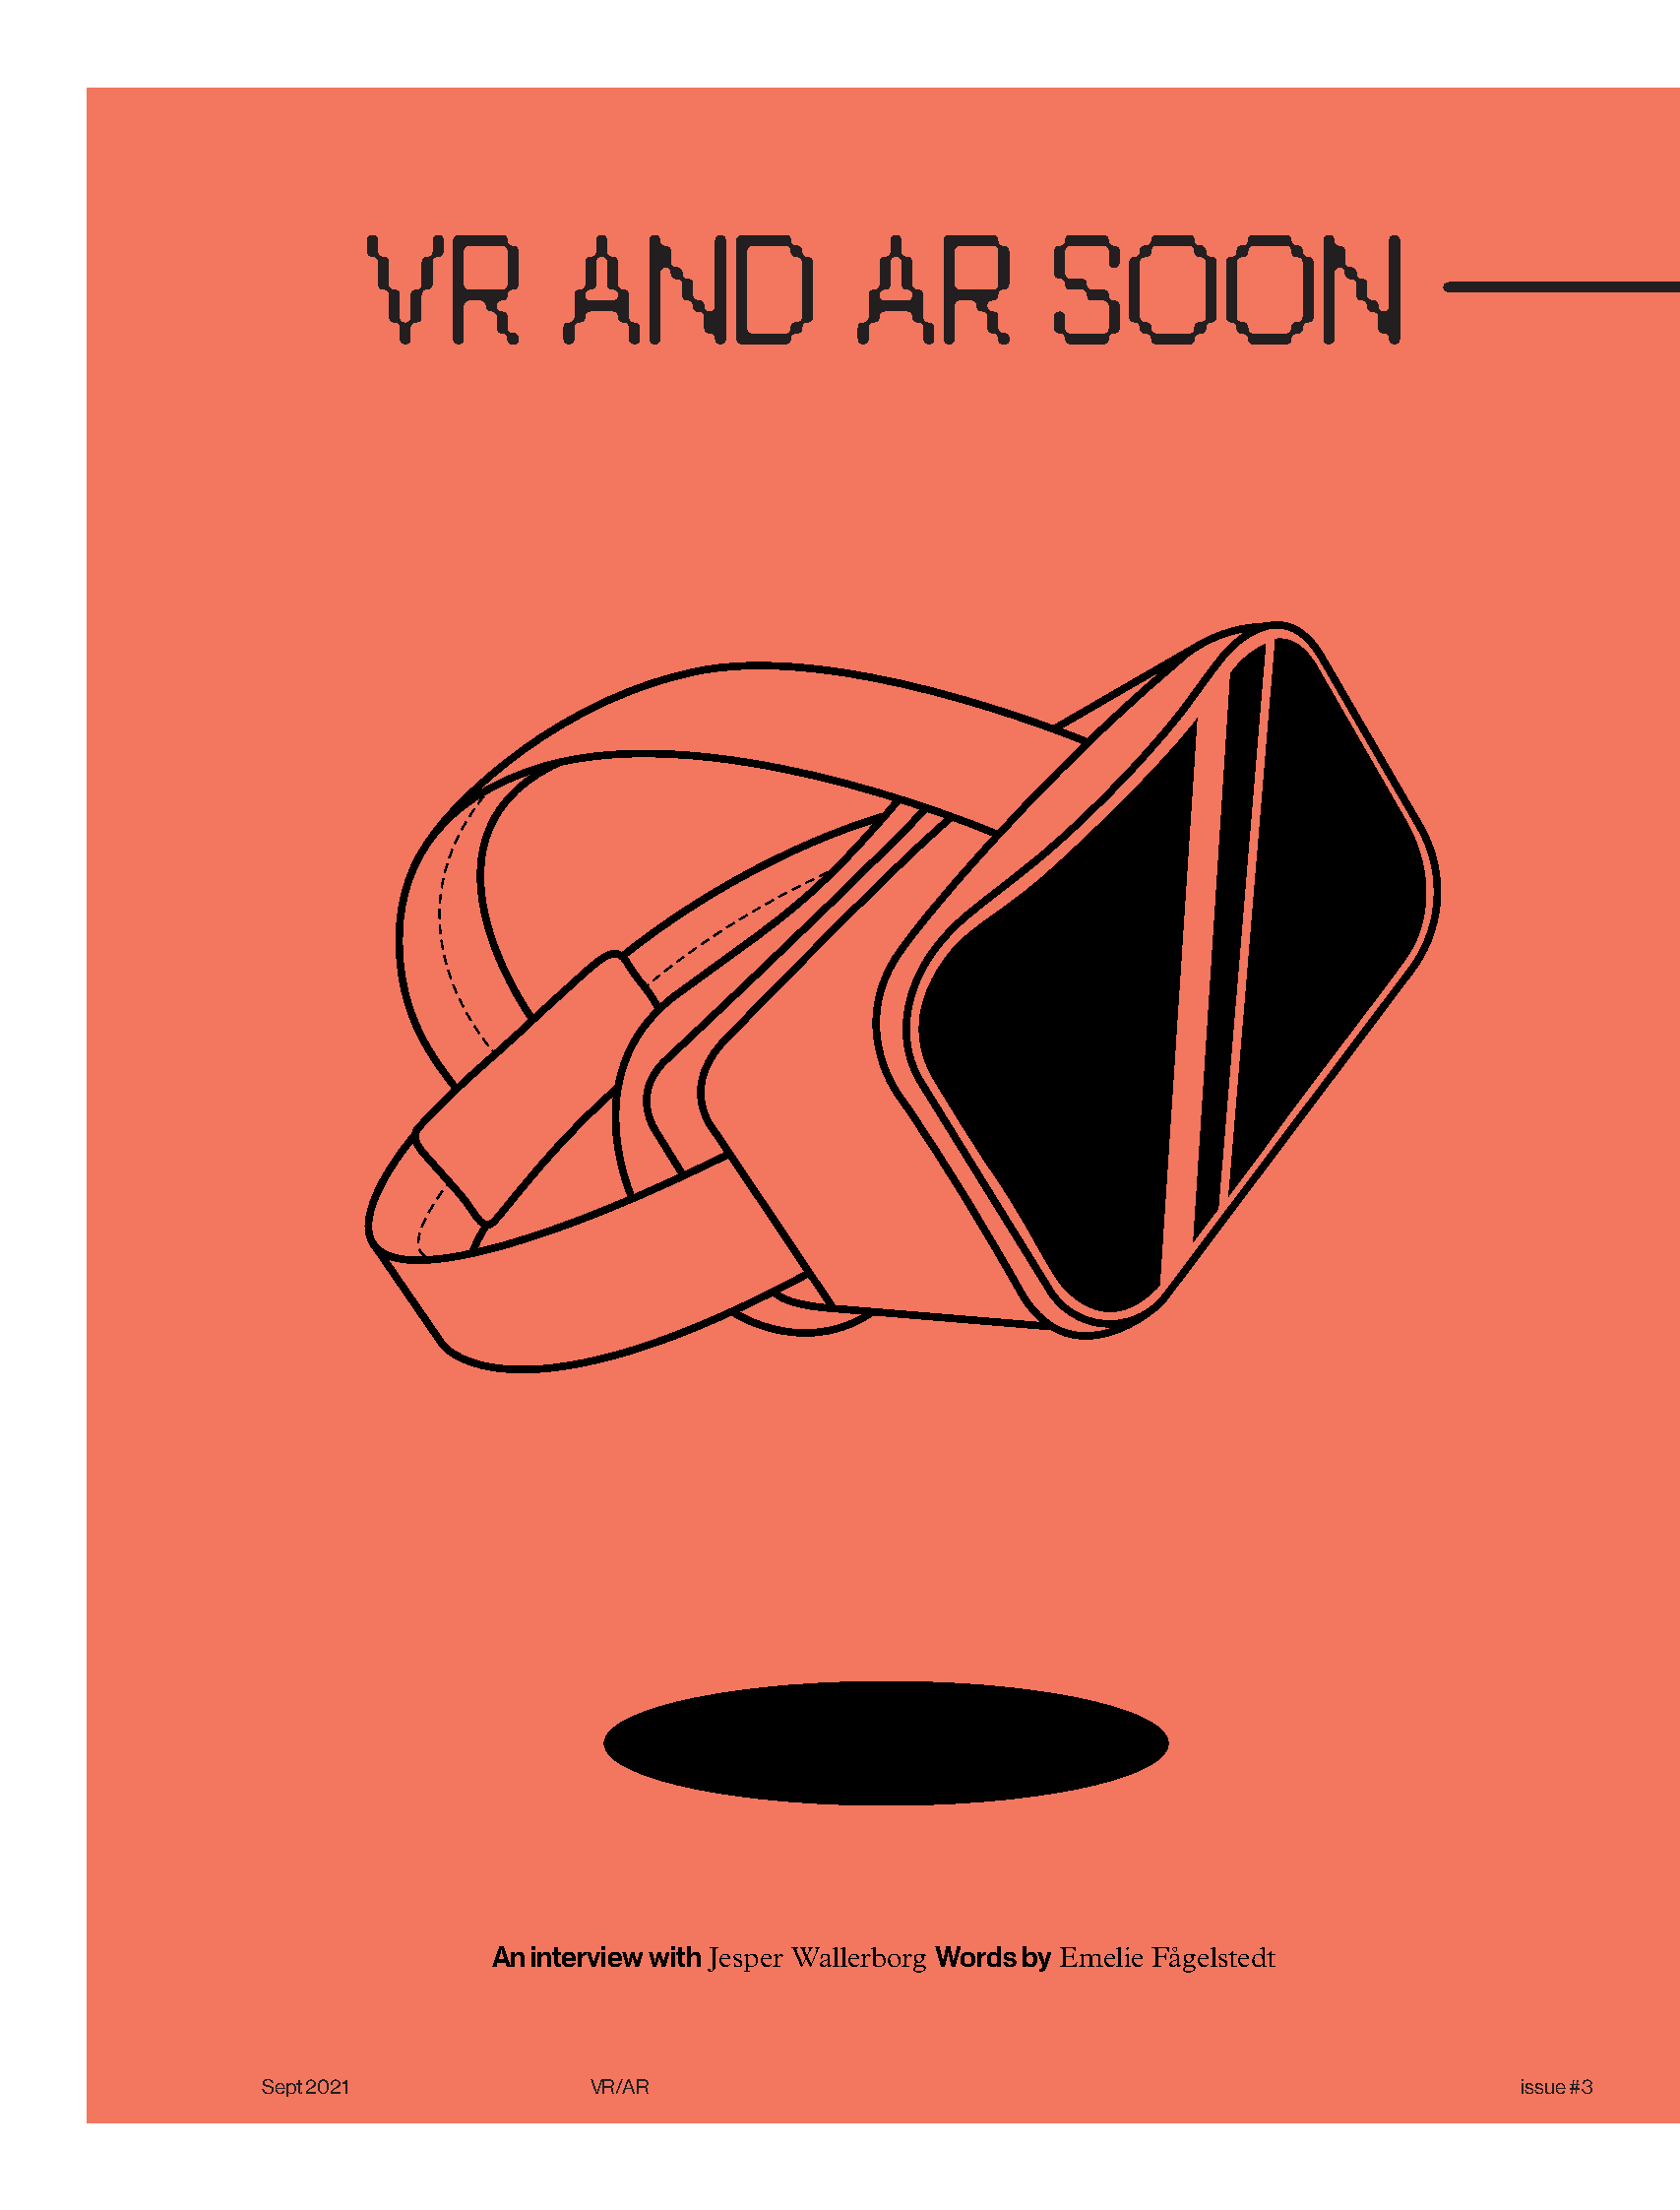
8
 VR           AND                 AR           SOON
 An interview with Jesper Wallerborg Words by Emelie Fågelstedt
 Sept 2021             VR/AR                                                         issue #3